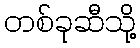
တစ်ခုဆီသို့